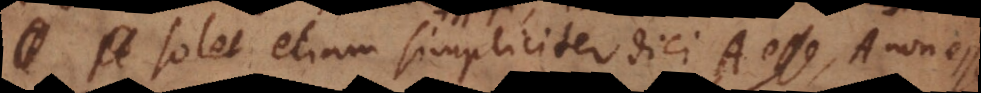
solet etiam simpliciter dici A esse, A non es